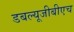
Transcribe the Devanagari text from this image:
डबल्यूजीबीएच